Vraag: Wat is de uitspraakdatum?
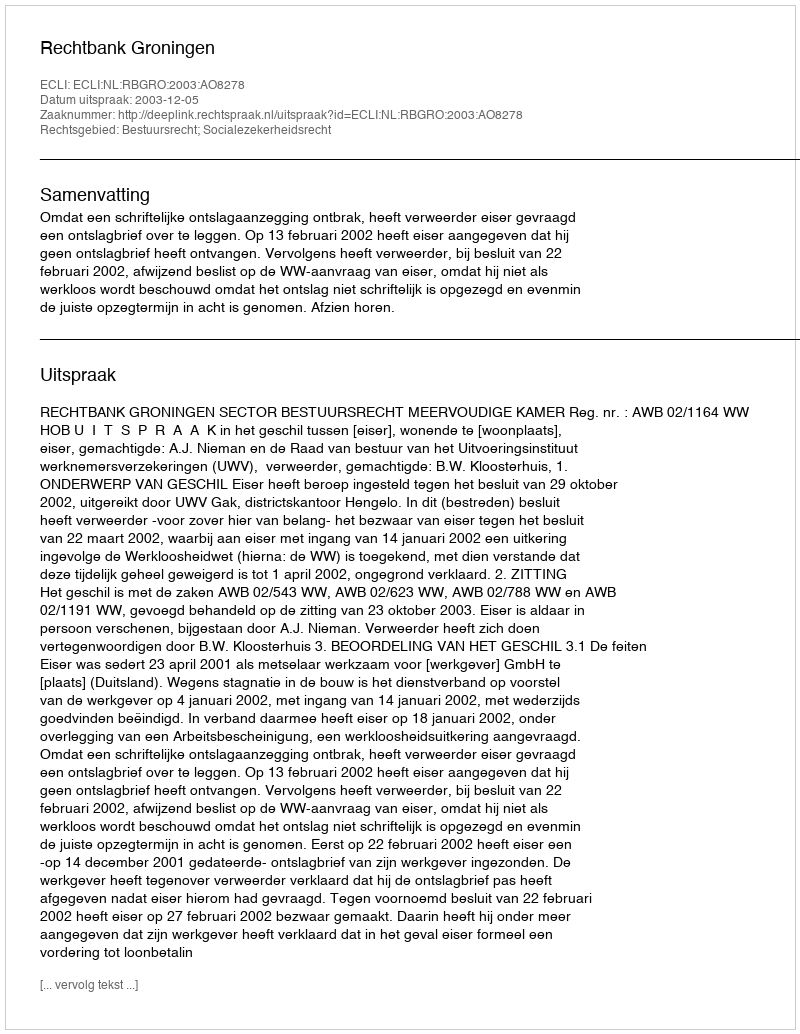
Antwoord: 2003-12-05